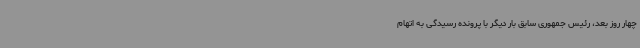
چهار روز بعد، رئیس جمهوری سابق بار دیگر با پرونده رسیدگی به اتهام